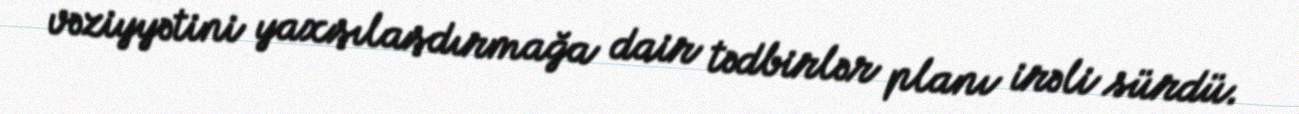
vəziyyətini yaxşılaşdırmağa dair tədbirlər planı irəli sürdü.